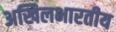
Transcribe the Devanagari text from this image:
अखिलभारतीय